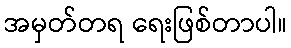
အမှတ်တရ ရေးဖြစ်တာပါ။